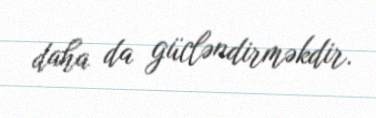
daha da gücləndirməkdir.